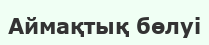
Аймақтық бөлуi